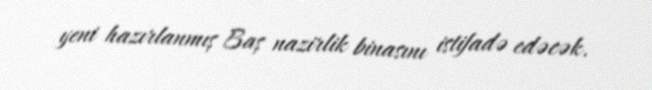
yeni hazırlanmış Baş nazirlik binasını istifadə edəcək.